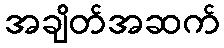
အချိတ်အဆက်